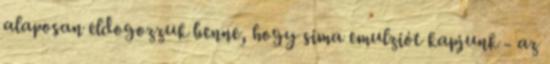
alaposan eldogozzuk benne, hogy sima emulziót kapjunk - az